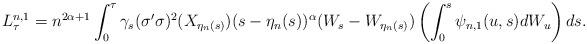
LaTeX: \begin{align*} L^{n,1}_\tau = n^{2\alpha+ 1}\int^{\tau}_0\gamma_s (\sigma'\sigma)^2(X_{\eta_n(s)}) (s-\eta_n(s))^\alpha (W_s-W_{\eta_n(s)}) \left( \int_0^s \psi_{n,1}(u,s) dW_u \right) ds.\end{align*}